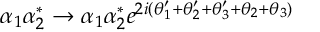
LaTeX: \alpha _ { 1 } \alpha _ { 2 } ^ { * } \rightarrow \alpha _ { 1 } \alpha _ { 2 } ^ { * } e ^ { 2 i ( \theta _ { 1 } ^ { \prime } + \theta _ { 2 } ^ { \prime } + \theta _ { 3 } ^ { \prime } + \theta _ { 2 } + \theta _ { 3 } ) }